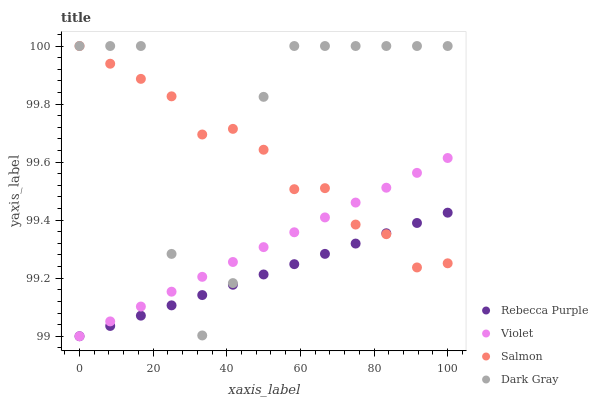
| xaxis_label | Rebecca Purple | Violet | Salmon | Dark Gray |
 | --- | --- | --- | --- | --- |
 | 0 | 99 | 99 | 100 | 100 |
 | 8.33 | 99 | 99.1 | 99.9 | 100 |
 | 16.7 | 99.1 | 99.1 | 99.9 | 100 |
 | 25 | 99.1 | 99.2 | 99.8 | 99.3 |
 | 33.3 | 99.1 | 99.2 | 99.7 | 99 |
 | 41.7 | 99.2 | 99.3 | 99.7 | 99.2 |
 | 50 | 99.2 | 99.3 | 99.6 | 99.8 |
 | 58.3 | 99.2 | 99.4 | 99.5 | 100 |
 | 66.7 | 99.3 | 99.4 | 99.5 | 100 |
 | 75 | 99.3 | 99.5 | 99.4 | 100 |
 | 83.3 | 99.4 | 99.5 | 99.4 | 100 |
 | 91.7 | 99.4 | 99.6 | 99.2 | 100 |
 | 100 | 99.4 | 99.6 | 99.3 | 100 |